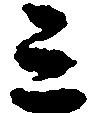
ミ